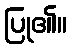
ပြု၏။